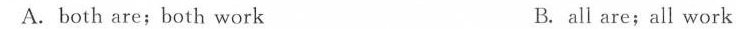
A.both are;both work B. all are;all work